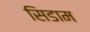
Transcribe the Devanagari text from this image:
सिडाम